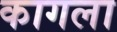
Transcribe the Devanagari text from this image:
कागला